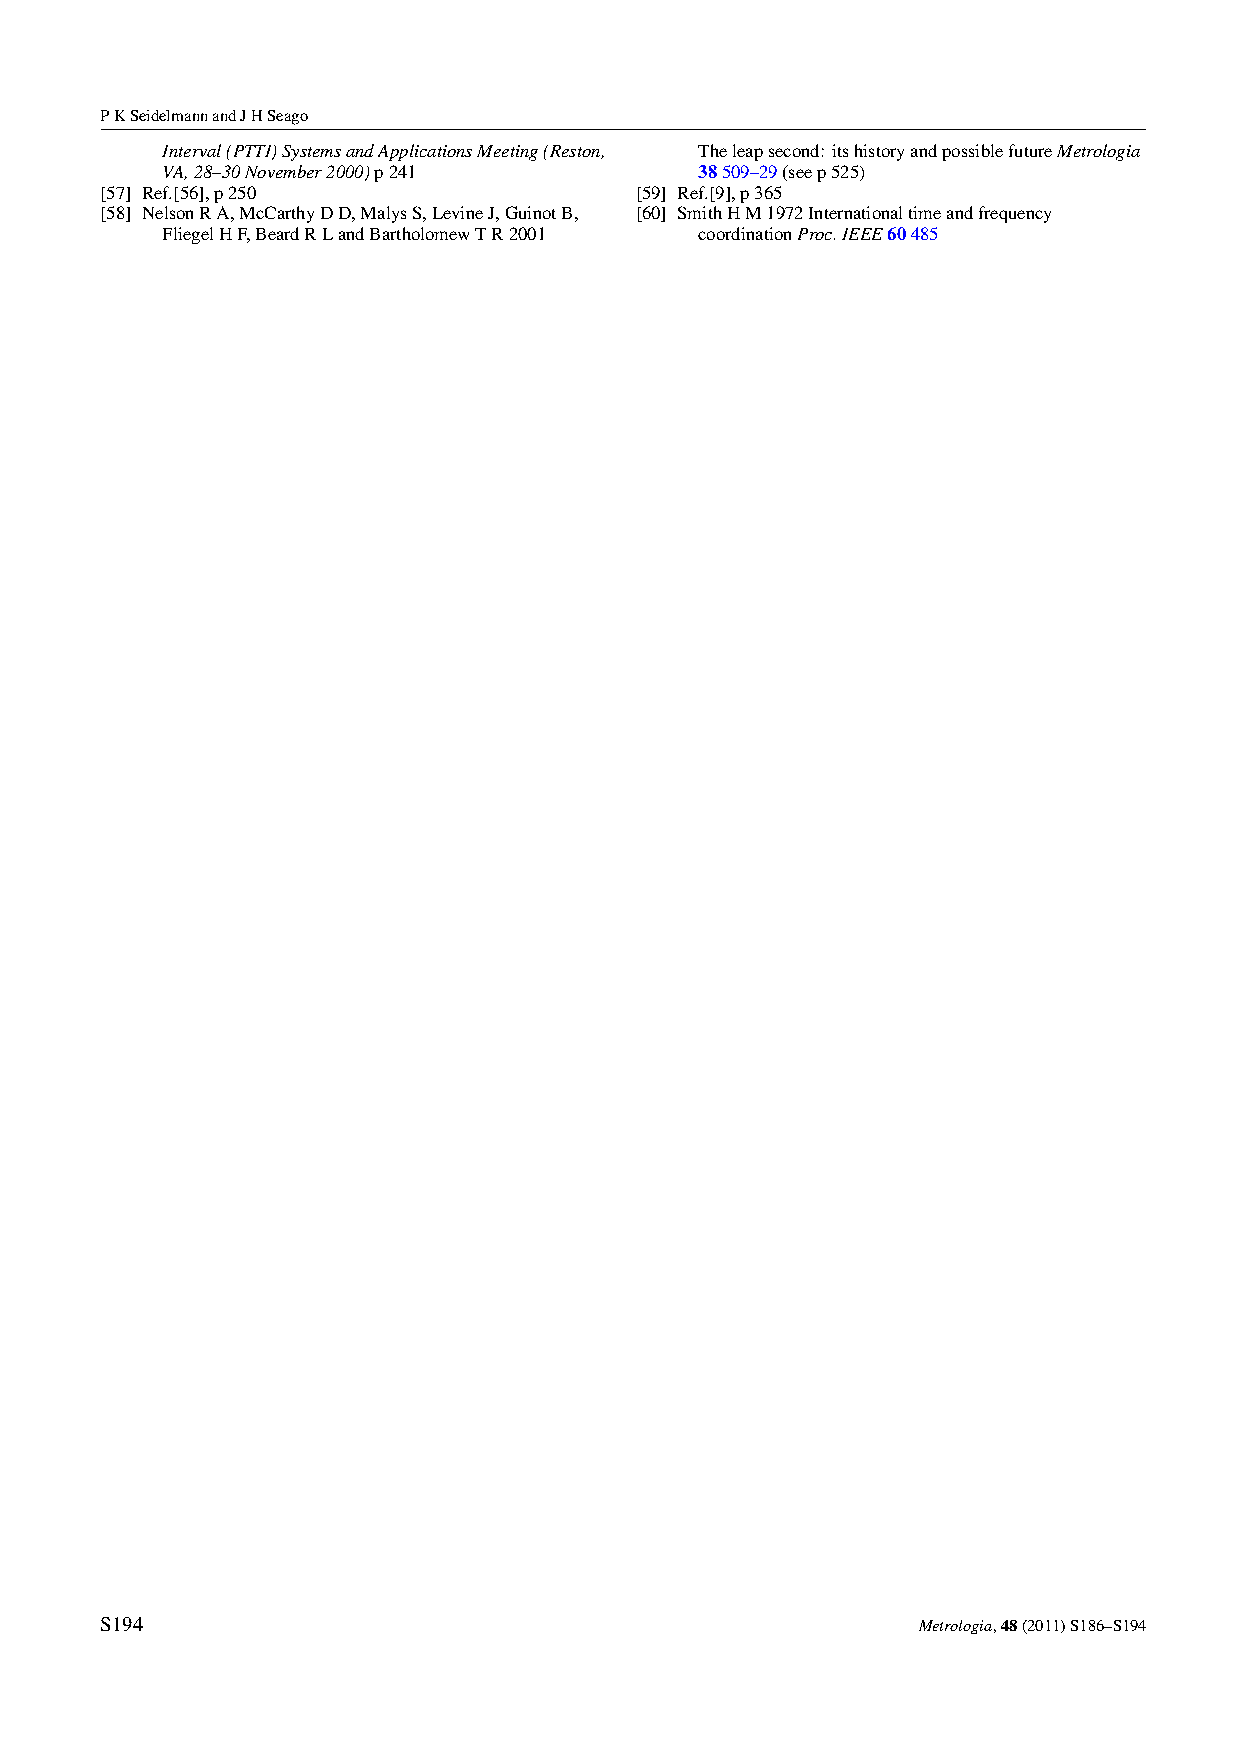
PKSeidelmannandJHSeago
 Interval(PTTI)SystemsandApplicationsMeeting(Reston, Theleapsecond: itshistoryandpossiblefutureMetrologia
 VA,28–30November2000)p241          38509–29(seep525)
 [57] Ref.[56],p250                 [59] Ref.[9],p365
 [58] NelsonRA,McCarthyDD,MalysS,LevineJ,GuinotB, [60] SmithHM1972Internationaltimeandfrequency
 FliegelHF,BeardRLandBartholomewTR2001 coordinationProc.IEEE60485
 S194                                                  Metrologia,48(2011)S186–S194